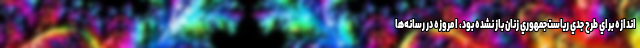
اندازه براي طرح جدي رياست‌جمهوري زنان باز نشده بود، امروزه در رسانه‌ها